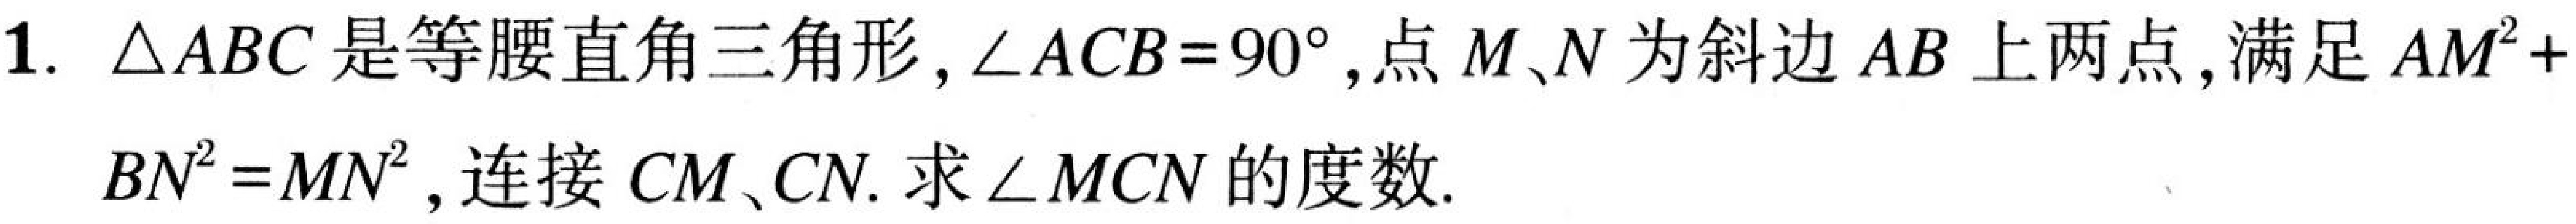
1. \(\triangle ABC\)是等腰直角三角形，\(\angle ACB = 90^{\circ}\)，点\(M\)、\(N\)为斜边\(AB\)上两点，满足\(AM^{2}+BN^{2}=MN^{2}\)，连接\(CM\)、\(CN\). 求\(\angle MCN\)的度数.